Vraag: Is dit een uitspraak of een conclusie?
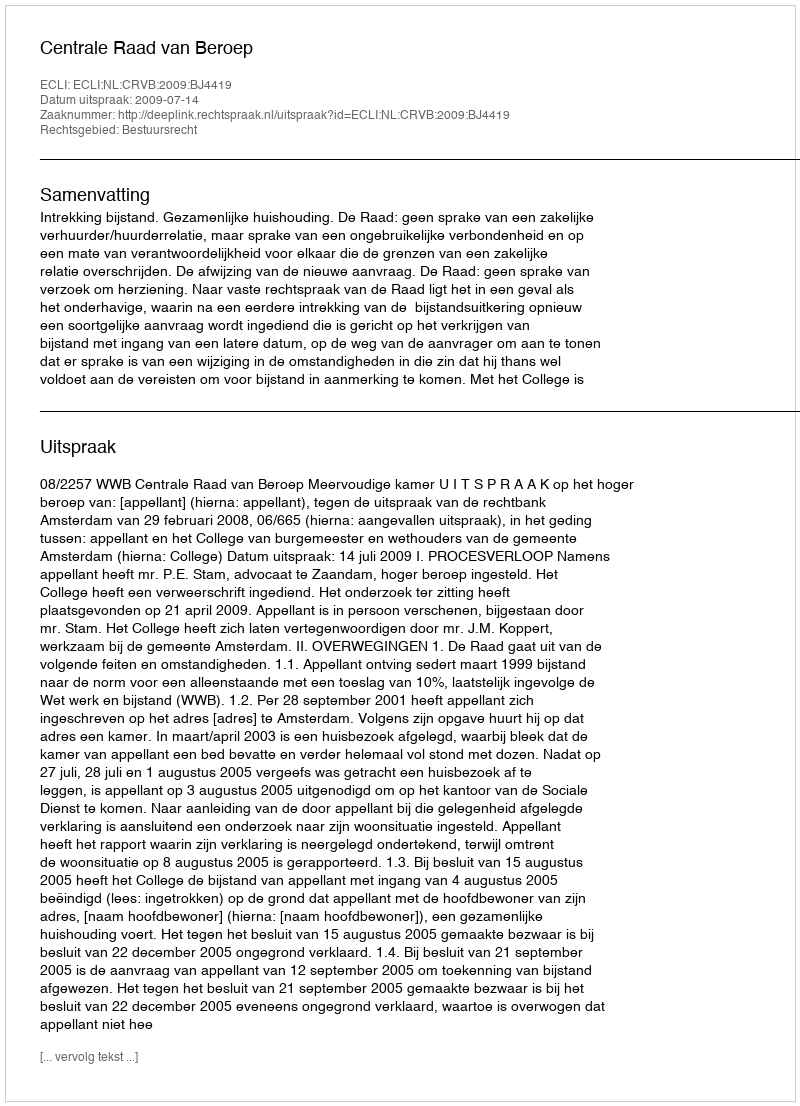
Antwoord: Uitspraak